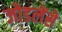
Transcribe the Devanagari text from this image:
जोडलेंसे